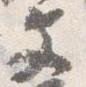
文